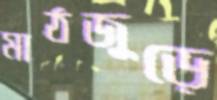
মাঠজুড়ে